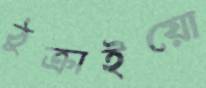
ঠুক্‌রাইয়ো